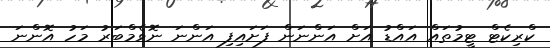
ކްރިކެޓް ޓީމުތައް އައްޑު އަށް އަންނަން ފަށައިފި އަންނަ ނޮވެމްބަރު މަހު އޮންނަ